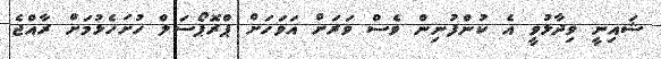
ޝައިނީ ވިދާޅުވީ އެ ކުންފުނިން ވެސް ވަރަށް އަވަހަށް ޕްރޮޕޯސަލް ހުށަހެޅުމަށް ރާއްޖެ